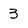
Character: 3